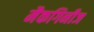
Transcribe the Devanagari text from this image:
मैकगिनीज